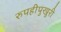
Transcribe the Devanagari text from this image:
रुपहीपुखुरी